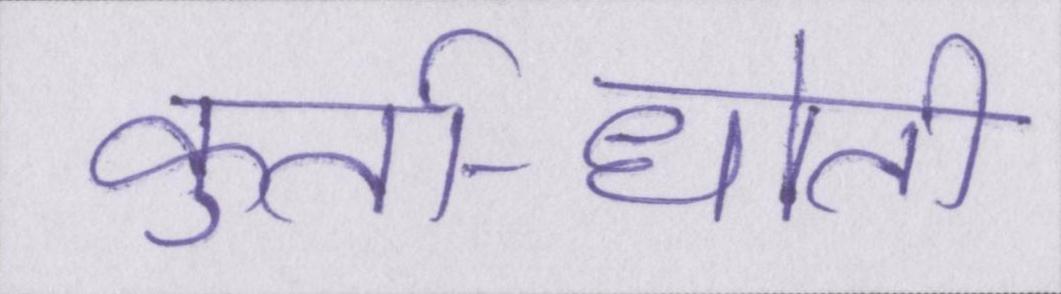
कुर्ता-धोती